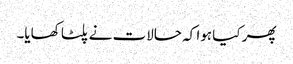
پھر کیا ہوا کہ حالات نے پلٹا کھایا۔